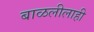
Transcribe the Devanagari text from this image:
बाळलीलाही